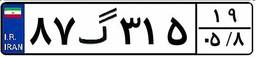
۸۷گ۳۱۵۱۹